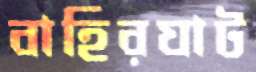
বাহিরঘাট